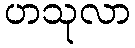
ဟသုလာ